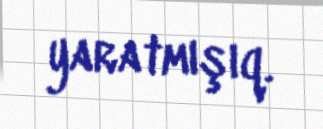
yaratmışıq.